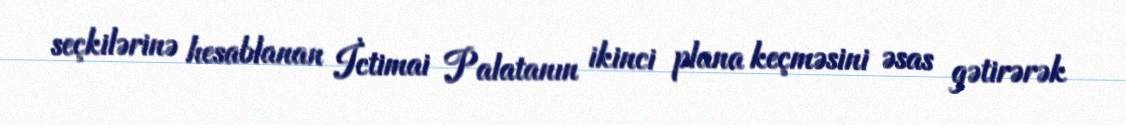
seçkilərinə hesablanan İctimai Palatanın ikinci plana keçməsini əsas gətirərək